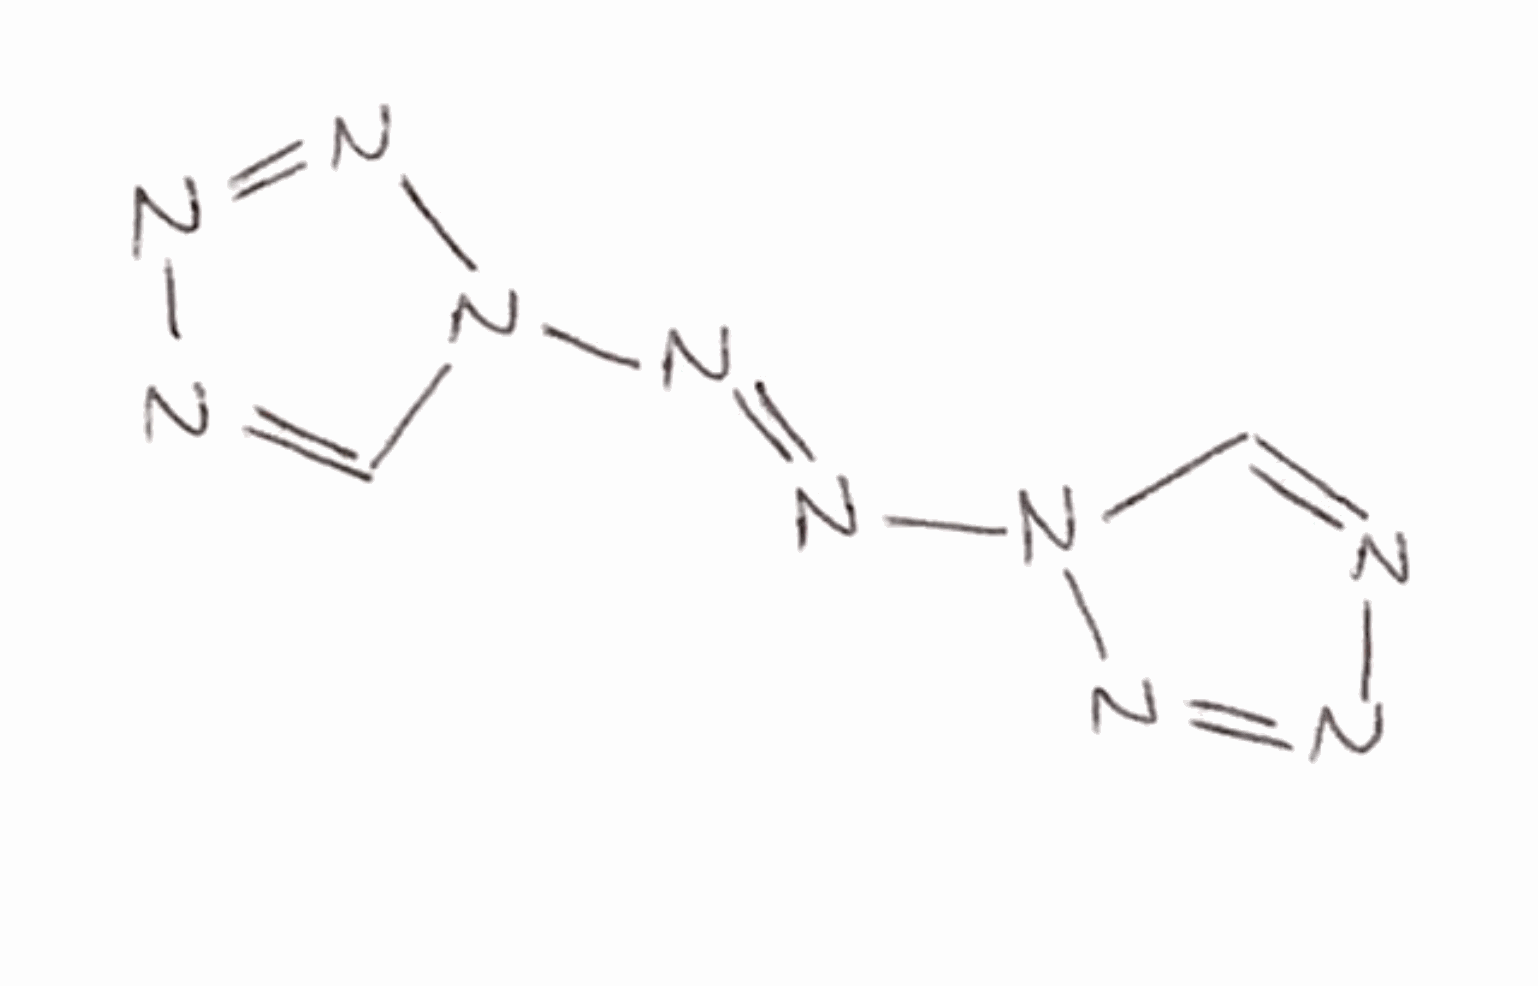
Simplified molecular-input line-entry system (SMILES) notation of the given molecule:
C1=NN=NN1/N=N/N2C=NN=N2